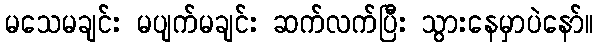
မသေမချင်း မပျက်မချင်း ဆက်လက်ပြီး သွားနေမှာပဲနော်။